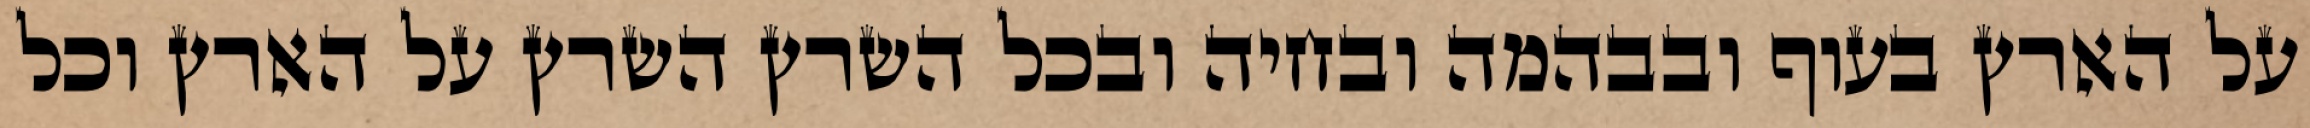
על הארץ בעוף ובבהמה ובחיה ובכל השרץ השרץ על הארץ וכל